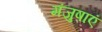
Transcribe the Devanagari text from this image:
मंजुषाएं